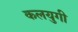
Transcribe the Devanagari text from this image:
कलयुगी